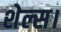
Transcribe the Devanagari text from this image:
शेल्स।